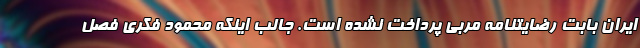
ایران بابت رضایتنامه مربی پرداخت نشده است. جالب اینکه محمود فکری فصل